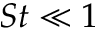
S t \ll 1